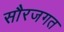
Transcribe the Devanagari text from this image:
सौरजगत